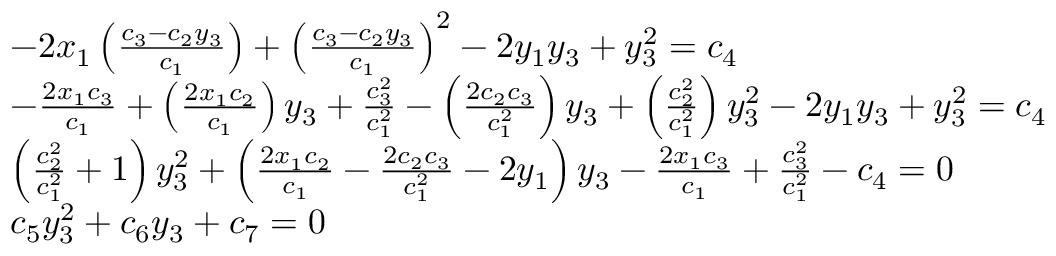
\begin{array} { r l } & { - 2 x _ { 1 } \left( \frac { c _ { 3 } - c _ { 2 } y _ { 3 } } { c _ { 1 } } \right) + \left( \frac { c _ { 3 } - c _ { 2 } y _ { 3 } } { c _ { 1 } } \right) ^ { 2 } - 2 y _ { 1 } y _ { 3 } + y _ { 3 } ^ { 2 } = c _ { 4 } } \\ & { - \frac { 2 x _ { 1 } c _ { 3 } } { c _ { 1 } } + \left( \frac { 2 x _ { 1 } c _ { 2 } } { c _ { 1 } } \right) y _ { 3 } + \frac { c _ { 3 } ^ { 2 } } { c _ { 1 } ^ { 2 } } - \left( \frac { 2 c _ { 2 } c _ { 3 } } { c _ { 1 } ^ { 2 } } \right) y _ { 3 } + \left( \frac { c _ { 2 } ^ { 2 } } { c _ { 1 } ^ { 2 } } \right) y _ { 3 } ^ { 2 } - 2 y _ { 1 } y _ { 3 } + y _ { 3 } ^ { 2 } = c _ { 4 } } \\ & { \left( \frac { c _ { 2 } ^ { 2 } } { c _ { 1 } ^ { 2 } } + 1 \right) y _ { 3 } ^ { 2 } + \left( \frac { 2 x _ { 1 } c _ { 2 } } { c _ { 1 } } - \frac { 2 c _ { 2 } c _ { 3 } } { c _ { 1 } ^ { 2 } } - 2 y _ { 1 } \right) y _ { 3 } - \frac { 2 x _ { 1 } c _ { 3 } } { c _ { 1 } } + \frac { c _ { 3 } ^ { 2 } } { c _ { 1 } ^ { 2 } } - c _ { 4 } = 0 } \\ & { c _ { 5 } y _ { 3 } ^ { 2 } + c _ { 6 } y _ { 3 } + c _ { 7 } = 0 } \end{array}